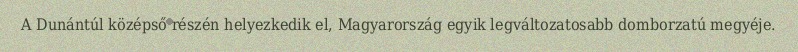
A Dunántúl középső részén helyezkedik el, Magyarország egyik legváltozatosabb domborzatú megyéje.